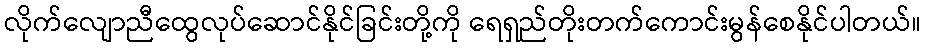
လိုက်လျောညီထွေလုပ်ဆောင်နိုင်ခြင်းတို့ကို ရေရှည်တိုးတက်ကောင်းမွန်စေနိုင်ပါတယ်။